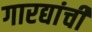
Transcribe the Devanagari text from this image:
गारद्यांची